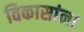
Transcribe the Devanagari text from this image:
विकासांना